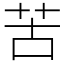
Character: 苦